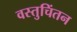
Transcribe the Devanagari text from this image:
वस्तुचिंतन